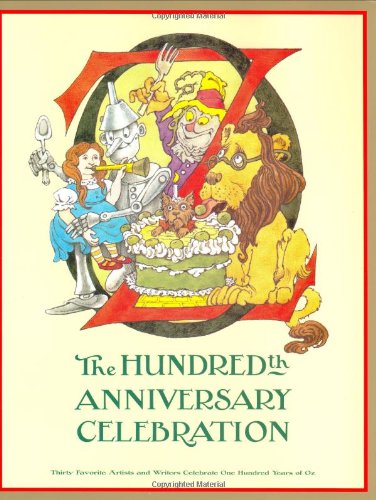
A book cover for Oz: The Hundredth Anniversary Celebration; Children's Books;